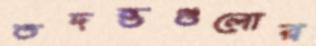
তদন্তগুলোর